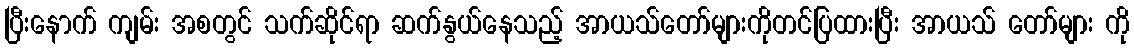
ပြီးနောက် ကျမ်း အစတွင် သက်ဆိုင်ရာ ဆက်နွယ်နေသည့် အာယသ်တော်များကိုတင်ပြထားပြီး အာယသ် တော်များ ကို